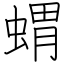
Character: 蝟